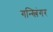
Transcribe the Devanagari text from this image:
गन्स्लिंगर